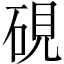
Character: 硯